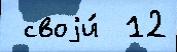
 своjи́  12